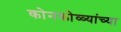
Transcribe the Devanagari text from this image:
कोनकोळ्यांच्या